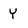
Character: Y